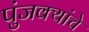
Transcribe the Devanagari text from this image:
पुंजक्यांचे